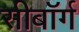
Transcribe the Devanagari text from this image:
सीबॉर्ग